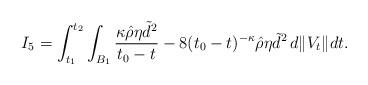
LaTeX: \begin{align*}I_5= \int_{t_1}^{t_2}\int_{B_1} \frac{\kappa{\hat\rho} \eta{\tilde d}^2}{t_0-t}-8(t_0-t)^{-\kappa}{\hat\rho} \eta{\tilde d}^2\, d\|V_t\|dt.\end{align*}